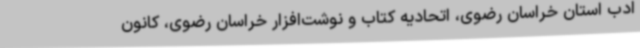
ادب استان خراسان رضوی، اتحادیه کتاب و نوشت‌افزار خراسان رضوی، کانون